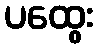
ပထွေး